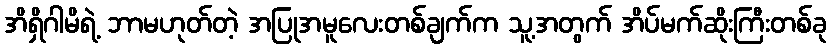
အိရှိဂါမိရဲ့ ဘာမဟုတ်တဲ့ အပြုအမူလေးတစ်ချက်က သူ့အတွက် အိပ်မက်ဆိုးကြီးတစ်ခု